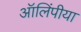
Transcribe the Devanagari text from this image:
ऑलिंपीया